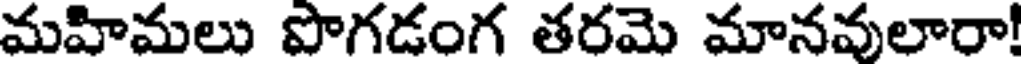
మహిమలు పొగడంగ తరమె మానవులారా!